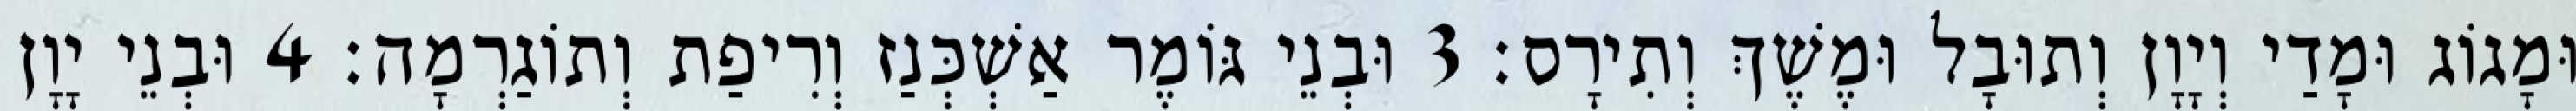
וּמָגוֹג וּמָדַי וְיָוָן וְתוּבָל וּמֶשֶׁךְ וְתִירָס׃ 3 וּבְנֵי גּוֹמֶר אַשְׁכְּנַז וְרִיפַת וְתוֹגַרְמָה׃ 4 וּבְנֵי יָוָן